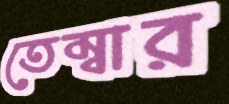
তেম্বার